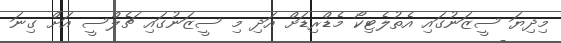
މިދިޔަ ސީޒަނުގައި އެތުލެޓިކޯ މެޑްރިޑަށް އަދި މި ސީޒަނުގައި ޗެލްސީ އަށް ގިނަ